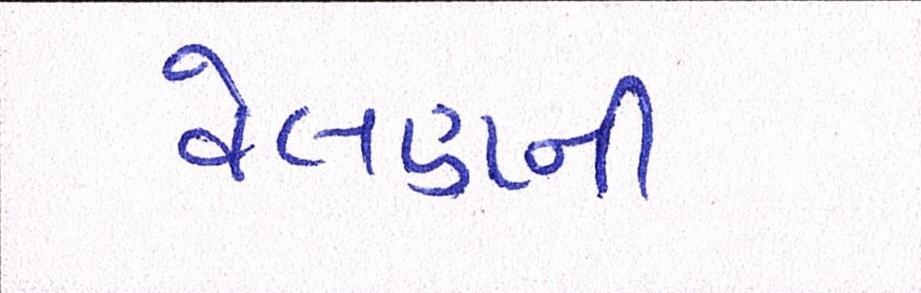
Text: વેલણની